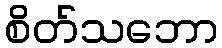
စိတ်သဘော